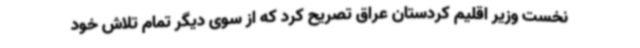
نخست وزیر اقلیم کردستان عراق تصریح کرد که از سوی دیگر تمام تلاش خود